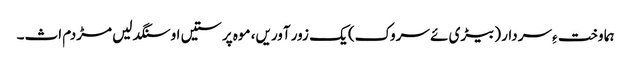
ہما وخت ءِ سردار (بیڑی ئے سروک) یک زور آوریں، موہ پرستیں او سنگدلیں مڑدم اث۔